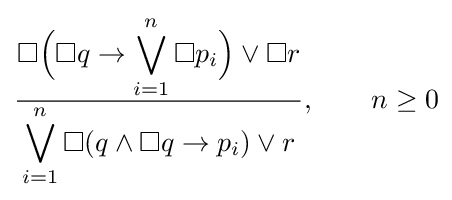
{\frac {\displaystyle \Box {\Bigl (}\Box q\to \bigvee _{i=1}^{n}\Box p_{i}{\Bigr )}\lor \Box r}{\displaystyle \bigvee _{i=1}^{n}\Box (q\land \Box q\to p_{i})\lor r}},\qquad n\geq 0